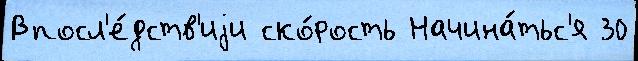
Впосл'е́дств'иjи ско́рость Начина́тьс'я 30